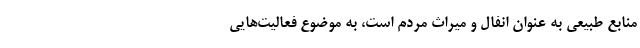
منابع طبیعی به عنوان انفال و میراث مردم است، به موضوع فعالیت‌هایی